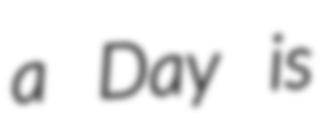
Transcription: a Day is